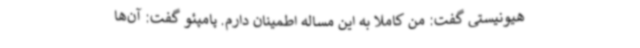
هیونیستی گفت: من کاملا به این مساله اطمینان دارم. پامپئو گفت: آن‌ها